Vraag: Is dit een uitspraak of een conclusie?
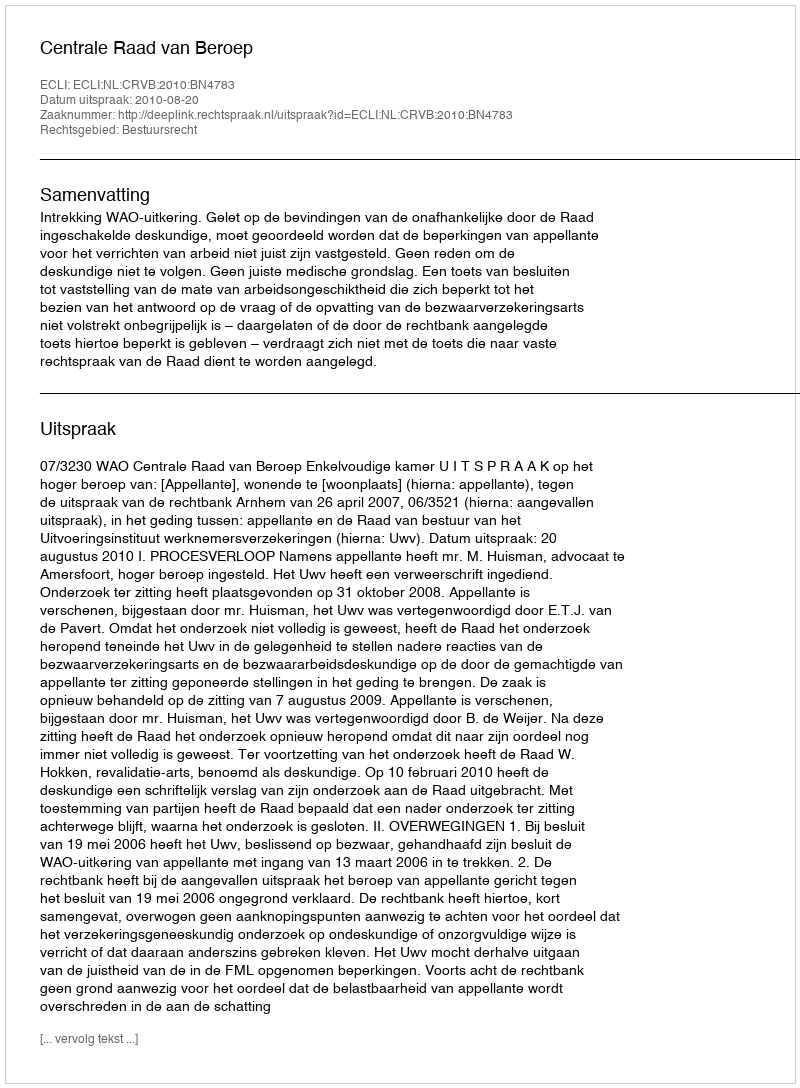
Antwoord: Uitspraak